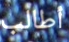
أطالب